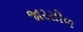
જારસોળ